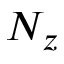
N _ { z }